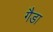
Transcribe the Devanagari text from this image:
गैडा